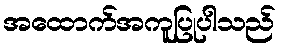
အထောက်အကူပြုပါသည်